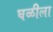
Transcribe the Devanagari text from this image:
घळीला